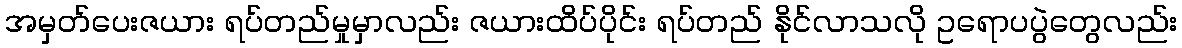
အမှတ်ပေးဇယား ရပ်တည်မှုမှာလည်း ဇယားထိပ်ပိုင်း ရပ်တည် နိုင်လာသလို ဥရောပပွဲတွေလည်း